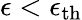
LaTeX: \epsilon<\epsilon_{\mathrm{th}}